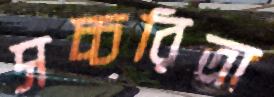
সচ্চরিত্রা